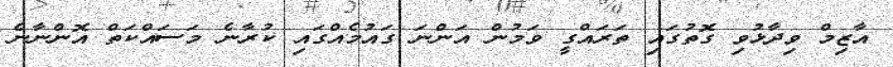
އާޒިމް ވިދާޅުވި ގޮތުގައި ތަރައްގީ ވަމުން އަންނަ ގައުމެއްގައި ކުރާނެ މަސައްކަތް އޮންނާނެ